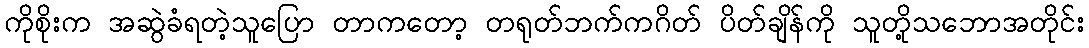
ကိုစိုးက အဆွဲခံရတဲ့သူပြော တာကတော့ တရုတ်ဘက်ကဂိတ် ပိတ်ချိန်ကို သူတို့သဘောအတိုင်း